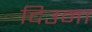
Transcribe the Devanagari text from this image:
दिउना